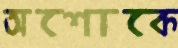
অশোকে